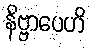
နိဗ္ဗာပေဟိ